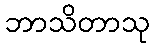
ဘာသိတာသု